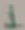
Text: 1